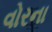
વોરના